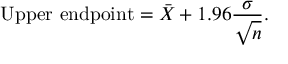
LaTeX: { \mathrm { U p p e r ~ e n d p o i n t } } = { \bar { X } } + 1 . 9 6 { \frac { \sigma } { \sqrt { n } } } .